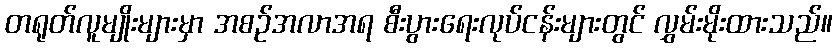
တရုတ်လူမျိုးများမှာ အစဉ်အလာအရ စီးပွားရေးလုပ်ငန်းများတွင် လွှမ်းမိုးထားသည်။